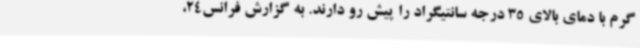
گرم با دمای بالای 35 درجه سانتیگراد را پیش رو دارند. به گزارش فرانس24،